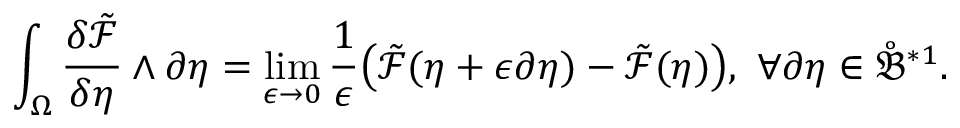
\int _ { \Omega } \frac { \delta \tilde { \mathcal { F } } } { \delta \eta } \wedge \partial \eta = \operatorname* { l i m } _ { \epsilon \to 0 } \frac { 1 } { \epsilon } \big ( \tilde { \mathcal { F } } ( \eta + \epsilon \partial \eta ) - \tilde { \mathcal { F } } ( \eta ) \big ) , \ \forall \partial \eta \in \mathring { \mathfrak { B } } ^ { \ast 1 } .